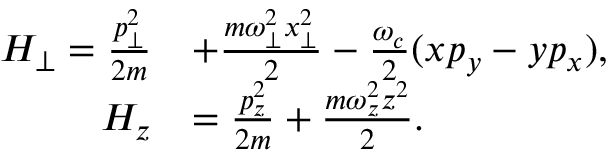
\begin{array} { r l } { H _ { \perp } = \frac { p _ { \perp } ^ { 2 } } { 2 m } } & { + \frac { m \omega _ { \perp } ^ { 2 } x _ { \perp } ^ { 2 } } { 2 } - \frac { \omega _ { c } } { 2 } ( x p _ { y } - y p _ { x } ) , } \\ { H _ { z } } & { = \frac { p _ { z } ^ { 2 } } { 2 m } + \frac { m \omega _ { z } ^ { 2 } z ^ { 2 } } { 2 } . } \end{array}